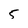
Character: 5